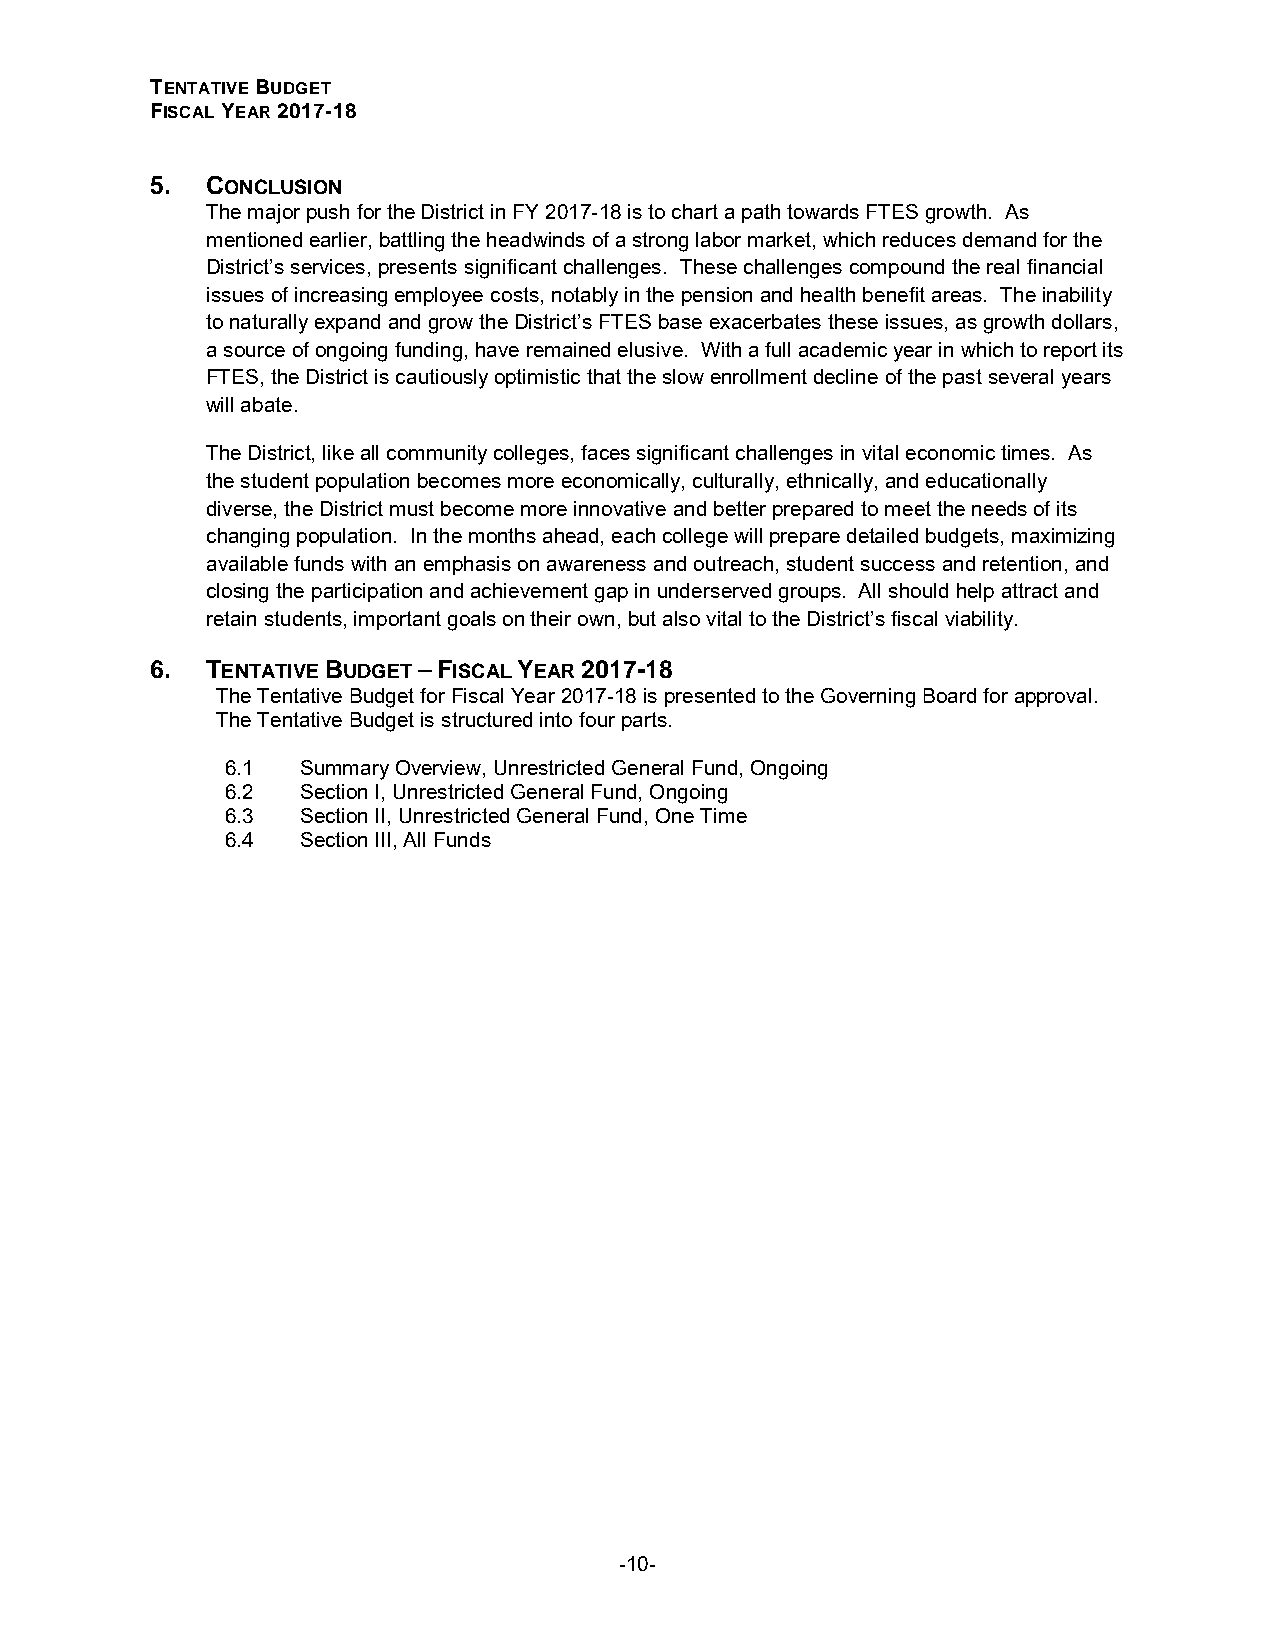
TENTATIVE BUDGET
 FISCAL YEAR 2017-18
 5.  CONCLUSION
 The major push for the District in FY 2017-18 is to chart a path towards FTES growth. As
 mentioned earlier, battling the headwinds of a strong labor market, which reduces demand for the
 District’s services, presents significant challenges. These challenges compound the real financial
 issues of increasing employee costs, notably in the pension and health benefit areas. The inability
 to naturally expand and grow the District’s FTES base exacerbates these issues, as growth dollars,
 a source of ongoing funding, have remained elusive. With a full academic year in which to report its
 FTES, the District is cautiously optimistic that the slow enrollment decline of the past several years
 will abate.
 The District, like all community colleges, faces significant challenges in vital economic times. As
 the student population becomes more economically, culturally, ethnically, and educationally
 diverse, the District must become more innovative and better prepared to meet the needs of its
 changing population. In the months ahead, each college will prepare detailed budgets, maximizing
 available funds with an emphasis on awareness and outreach, student success and retention, and
 closing the participation and achievement gap in underserved groups. All should help attract and
 retain students, important goals on their own, but also vital to the District’s fiscal viability.
 6.  TENTATIVE BUDGET – FISCAL YEAR 2017-18
 The Tentative Budget for Fiscal Year 2017-18 is presented to the Governing Board for approval.
 The Tentative Budget is structured into four parts.
 6.1  Summary Overview, Unrestricted General Fund, Ongoing
 6.2  Section I, Unrestricted General Fund, Ongoing
 6.3  Section II, Unrestricted General Fund, One Time
 6.4  Section III, All Funds
 -10-